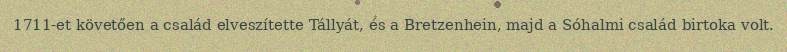
1711-et követően a család elveszítette Tállyát, és a Bretzenhein, majd a Sóhalmi család birtoka volt.